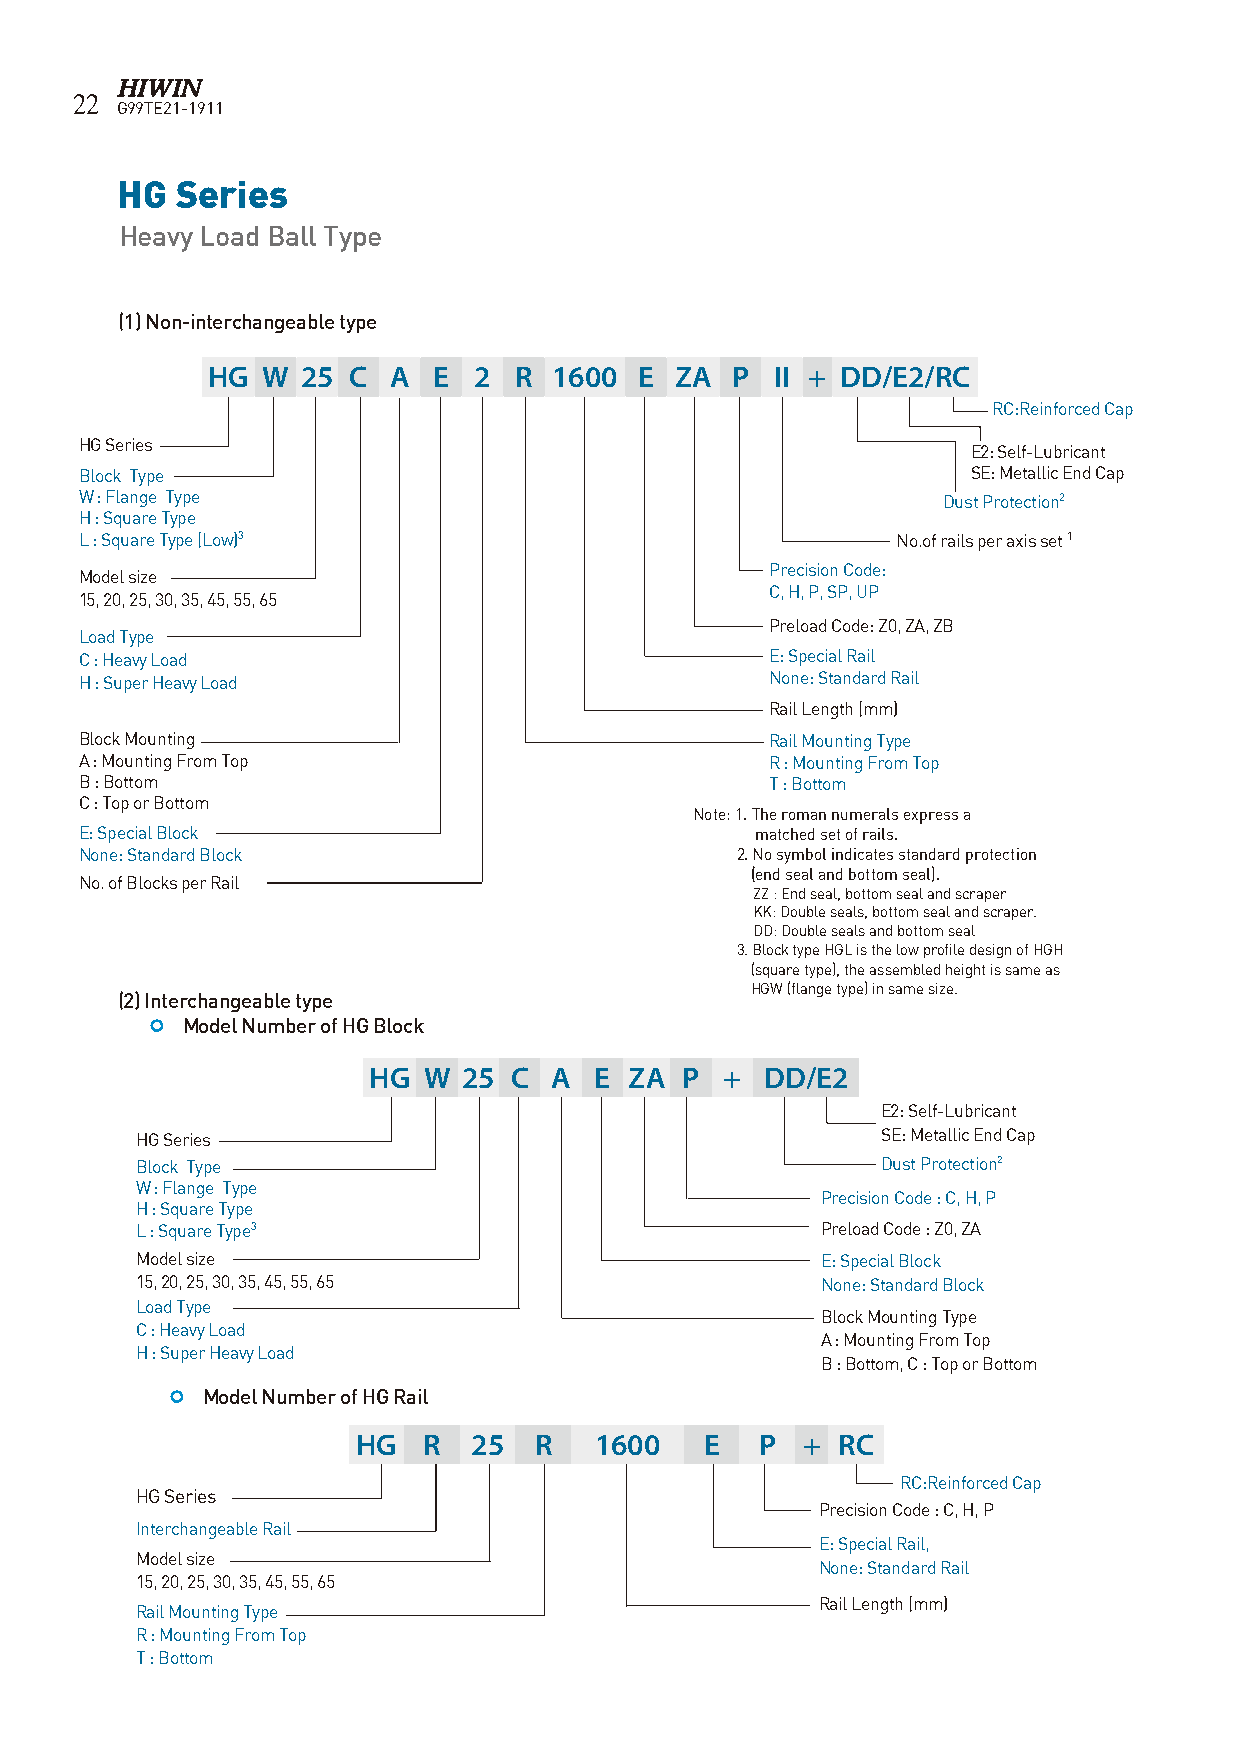
22
 G99TE21-1911
 HG  Series
 Heavy Load Ball Type
 (1) Non-interchangeable type
 HG W  25 C  A  E 2  R  1600 E  ZA P  II + DD/E2/RC
 RC:Reinforced Cap
 HG Series
 E2: Self-Lubricant
 Block Type                                                 SE: Metallic End Cap
 W : Flange Type                                          Dust Protection2
 H : Square Type
 L : Square Type (Low)3                                No.of rails per axis set 1
 Precision Code:
 Model size
 C, H, P, SP, UP
 15, 20, 25, 30, 35, 45, 55, 65
 Preload Code: Z0, ZA, ZB
 Load Type
 C : Heavy Load                                E: Special Rail
 H : Super Heavy Load                          None: Standard Rail
 Rail Length (mm)
 Block Mounting                                Rail Mounting Type
 A : Mounting From Top                         R : Mounting From Top
 B : Bottom                                    T : Bottom
 C : Top or Bottom
 Note: 1. The roman numerals express a
 E: Special Block                             matched set of rails.
 None: Standard Block                        2. No symbol indicates standard protection
 (end seal and bottom seal).
 No. of Blocks per Rail
 ZZ : End seal, bottom seal and scraper
 KK: Double seals, bottom seal and scraper.
 DD: Double seals and bottom seal
 3. Block type HGL is the low profile design of HGH
 (square type), the assembled height is same as
 HGW (flange type) in same size.
 (2) Interchangeable type
  Model Number of HG Block
 HG  W  25 C A  E  ZA P  +  DD/E2
 E2: Self-Lubricant
 HG Series                                        SE: Metallic End Cap
 Block Type                                       Dust Protection2
 W : Flange Type
 Precision Code : C, H, P
 H : Square Type
 L : Square Type3                             Preload Code : Z0, ZA
 Model size                                   E: Special Block
 15, 20, 25, 30, 35, 45, 55, 65               None: Standard Block
 Load Type
 Block Mounting Type
 C : Heavy Load
 A : Mounting From Top
 H : Super Heavy Load
 B : Bottom, C : Top or Bottom
  Model Number of HG Rail
 HG  R  25  R   1600    E  P  + RC
 RC:Reinforced Cap
 HG Series
 Precision Code : C, H, P
 Interchangeable Rail
 E: Special Rail,
 Model size
 None: Standard Rail
 15, 20, 25, 30, 35, 45, 55, 65
 Rail Length (mm)
 Rail Mounting Type
 R : Mounting From Top
 T : Bottom